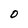
Character: O